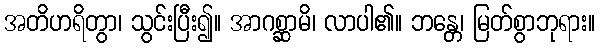
အတိဟရိတွာ၊ သွင်းပြီး၍။ အာဂစ္ဆာမိ၊ လာပါ၏။ ဘန္တေ၊ မြတ်စွာဘုရား။